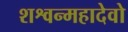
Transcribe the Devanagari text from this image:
शश्वन्महादेवो